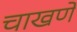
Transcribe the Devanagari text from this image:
चाखणे